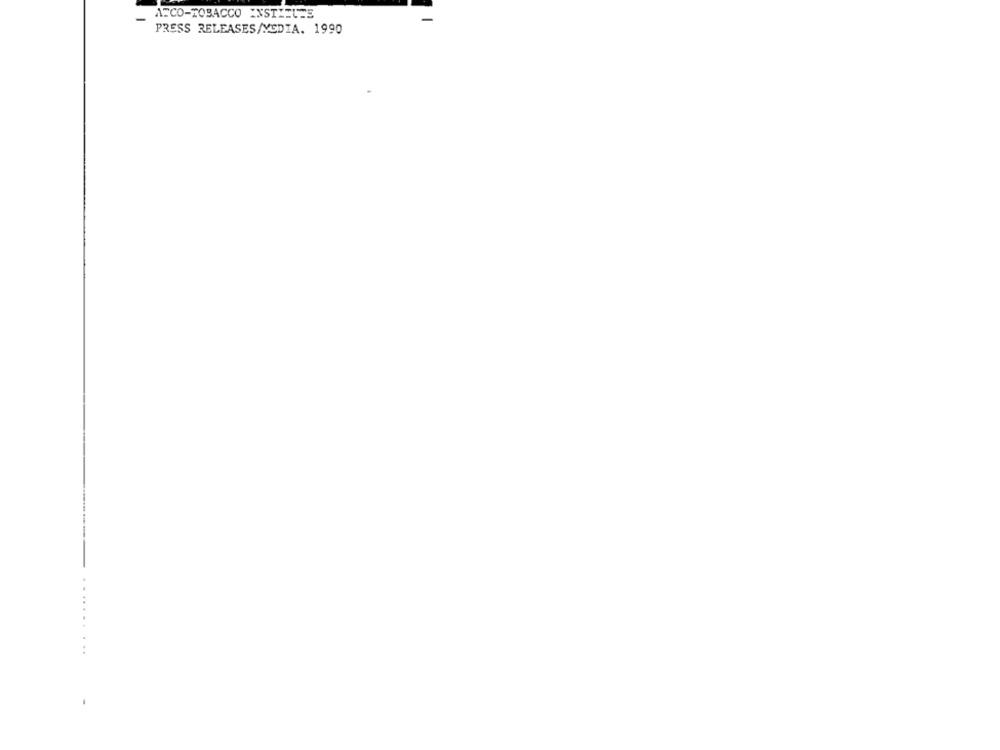
ATCO-TOBACCO EXSTLEUTE
-
-
PRESS RELEASES/YSDIA. 1990